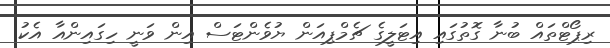
ރިޕޯޓްތައް ބުނާ ގޮތުގައި އިޓަލީގެ ޗެމްޕިއަން ޔުވެންޓަސް އިން ވަނީ ހިގައިންއާ އެކު